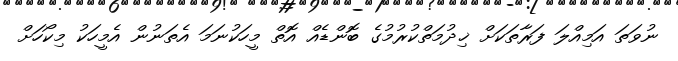
ނުވަތަ އަމިއްލަ ފަރާތަކަށް ޚިދުމަތްކުރުމުގެ ބޮންޑެއް އޮތް މީހަކުނަމަ އެތަނުން އެމީހަކު މިކޯހަށް